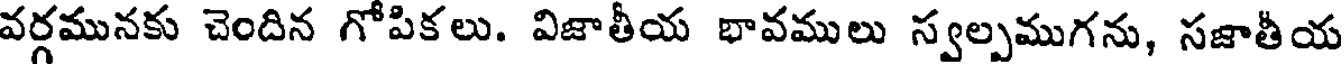
వర్గమునకు చెందిన గోపికలు. విజాతీయ భావములు స్వల్పముగను, సజాతీయ